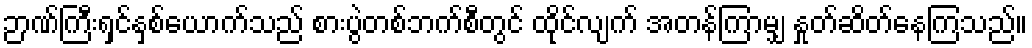
ဉာဏ်ကြီးရှင်နှစ်ယောက်သည် စားပွဲတစ်ဘက်စီတွင် ထိုင်လျက် အတန်ကြာမျှ နှုတ်ဆိတ်နေကြသည်။